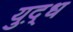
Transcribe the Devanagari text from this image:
युद़्ध